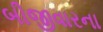
બીજીવારના